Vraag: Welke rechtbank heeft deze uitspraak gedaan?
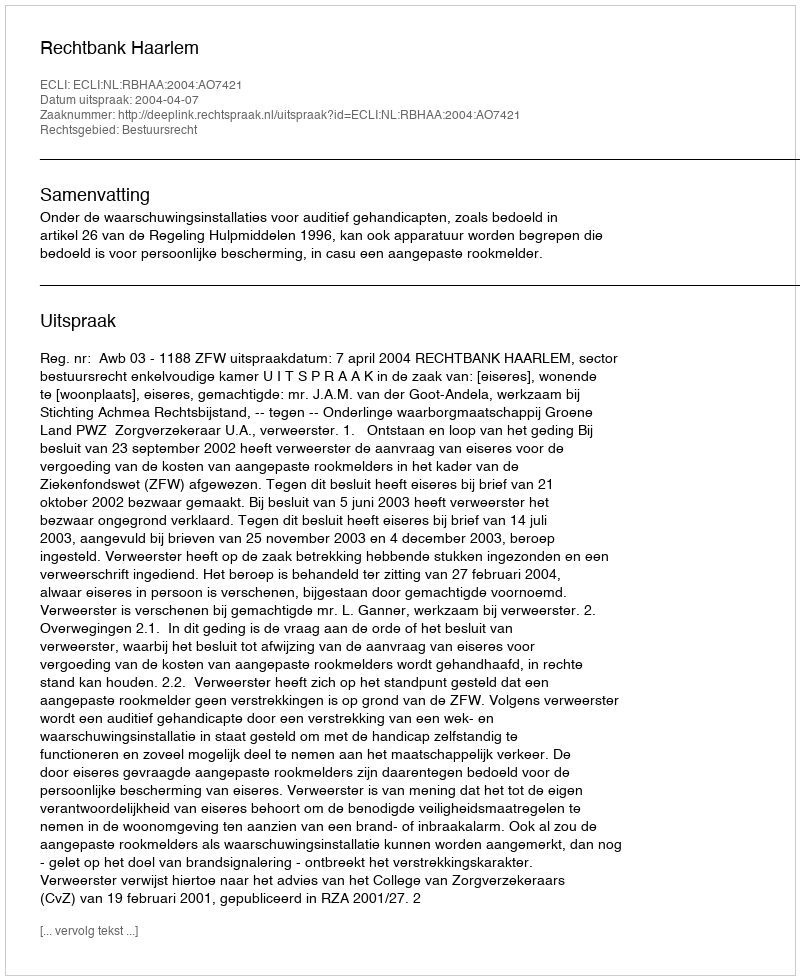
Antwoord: Rechtbank Haarlem